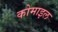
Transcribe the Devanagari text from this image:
कोमाइल